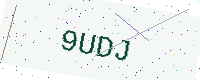
Text: 9UDJ